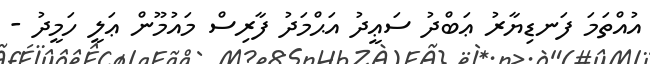
އުއްތަމަ ފަނޑިޔާރު ޢަބްދު ސަޢީދު އަޙްމަދު ފާރިސް މައުމޫން ޢަލީ ހަމީދު -